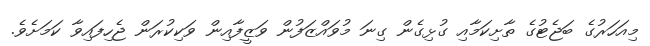
މިއަހަރުގެ ބަޖެޓުގެ ތާށިކަމާއި ގުޅިގެން ގިނަ މުވައްޒަފުން ވަޒީފާއިން ވަކިކުރަން ޖެހިފައިވާ ކަމަށެވެ.